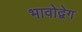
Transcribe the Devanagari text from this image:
भावोद्वेग